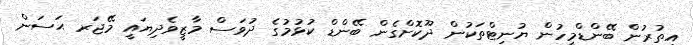
އިތުރުން ބޭންޑްމީހުން ޔުނިޓްތަކުން ދޫކޮށްގެން ބޭންޑް ކުޅުމުގެ ދުވަސް މާޒީވެދިޔައީ މޭޖަރ ޙަސަން